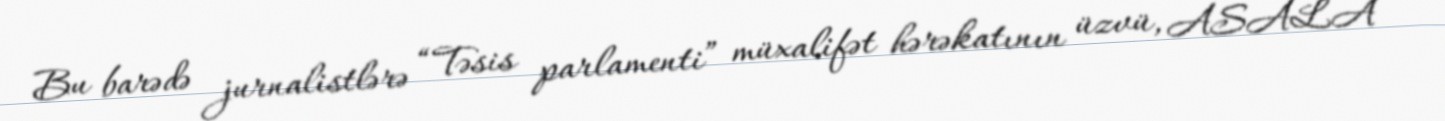
Bu barədə jurnalistlərə “Təsis parlamenti” müxalifət hərəkatının üzvü, ASALA